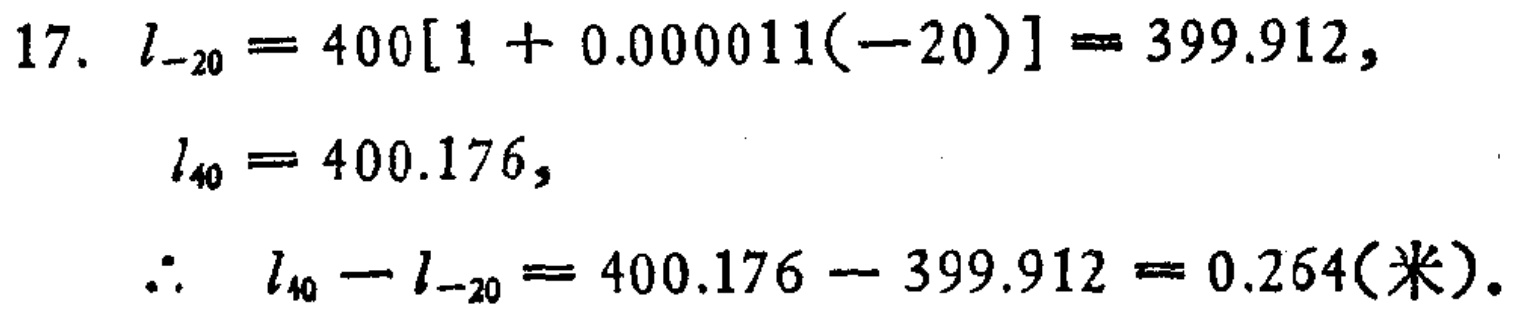
17. \(l_{-20}=400[1 + 0.000011(-20)] = 399.912\),

\(l_{40}=400.176\),

\(\therefore l_{40}-l_{-20}=400.176 - 399.912 = 0.264(\text{米})\).